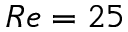
R e = 2 5